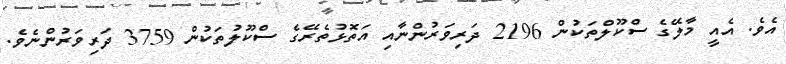
އެވެ. އެއީ މާލޭގެ ސްކޫލްތަކުން 2196 ދަރިވަރުންނާއި އަތޮޅުތެރޭގެ ސްކޫލުތަކުން 3759 ދަރިވަރުންނެވެ.